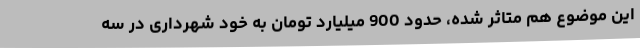
این موضوع هم متاثر شده، حدود 900 میلیارد تومان به خود شهرداری در سه